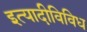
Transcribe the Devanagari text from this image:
इत्यादीविविध